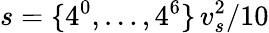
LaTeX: s=\{ 4^{0},\dots,4^{6}\} \, v_{s}^{2}/10